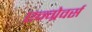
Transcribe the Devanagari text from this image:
एन्ग्रेवर्स